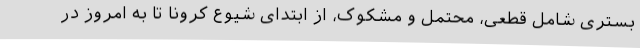
بستری شامل قطعی، محتمل و مشکوک، از ابتدای شیوع کرونا تا به امروز در